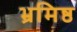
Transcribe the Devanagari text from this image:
भ्रमिष्ठ